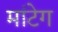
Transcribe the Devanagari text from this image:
मांटेग